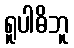
ရူပါဓိဘူ